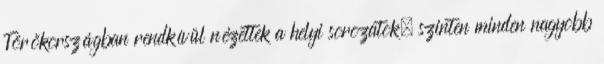
Törökországban rendkívül nézettek a helyi sorozatok, szinten minden nagyobb